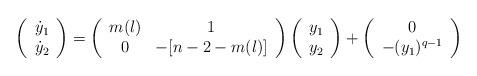
LaTeX: \begin{align*} \left( \begin{array}{c} \dot{y}_1 \\ \dot{y}_2 \end{array}\right) = \left( \begin{array}{cc} m(l) & 1 \\ 0 & -[n-2-m(l)] \end{array} \right) \left( \begin{array}{c} y_1 \\ y_2 \end{array}\right) +\left( \begin{array}{c} 0 \\- (y_1)^{q-1} \end{array}\right)\end{align*}